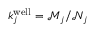
k _ { j } ^ { \mathrm { w e l l } } = \mathcal { M } _ { j } / \mathcal { N } _ { j }